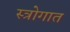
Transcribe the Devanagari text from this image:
स्त्रोगात